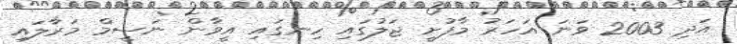
އަދި 2003 ވަނަ އަހަރު މާފުށީ ޖަލުގައި ހިނގައި އީވާން ނަސީމް މަރާލައި